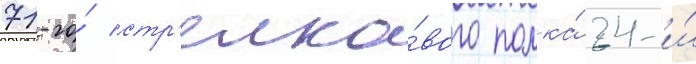
71-го́ стр'елко́вого полка́ 24-и́